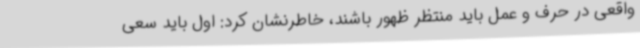
واقعی در حرف و عمل باید منتظر ظهور باشند، خاطرنشان کرد: اول باید سعی